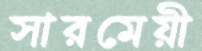
সারমেয়ী